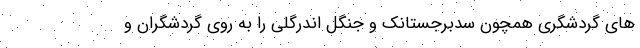
های گردشگری همچون سدبرجستانک و جنگل اندرگلی را به روی گردشگران و